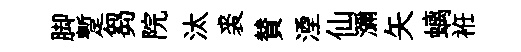
脚蹔芻院汰裘賛湮仙瀰矢螭袵